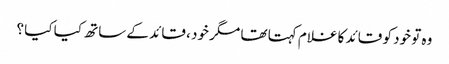
وہ تو خود کو قائد کا غلام کہتا تھا مگر خود ، قائد کے ساتھ کیا کیا ؟